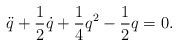
\begin{align*}\ddot{q} + \frac{1}{2} \dot{q} + \frac{1}{4}q^2 - \frac{1}{2}q = 0.\end{align*}